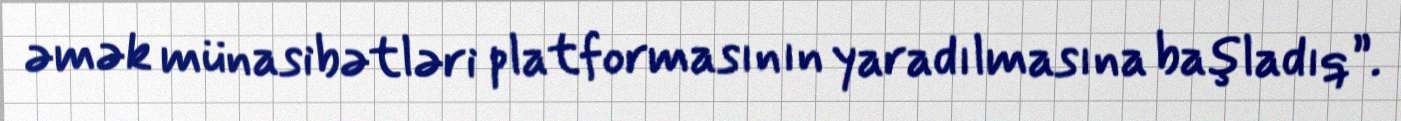
əmək münasibətləri platformasının yaradılmasına başladıq”.